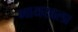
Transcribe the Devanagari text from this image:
भायखला